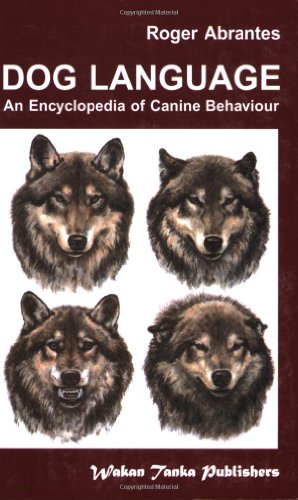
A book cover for Dog Language: An Encyclopedia of Canine Behavior; Roger Abrantes; Reference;